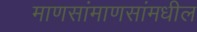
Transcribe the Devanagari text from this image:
माणसांमाणसांमधील